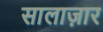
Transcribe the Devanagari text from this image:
सालाज़ार